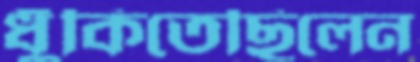
ধুঁকিতেছিলেন